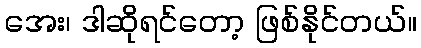
အေး၊ ဒါဆိုရင်တော့ ဖြစ်နိုင်တယ်။